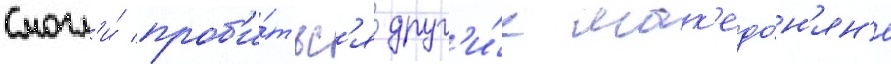
смогл'и́ проб'и́тьс'я друг'и́е мак'едо́н'ян'е